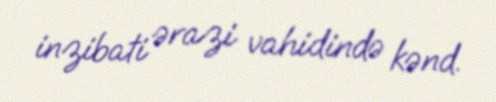
inzibati ərazi vahidində kənd.